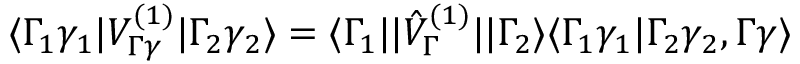
\langle \Gamma _ { 1 } \gamma _ { 1 } | V _ { \Gamma \gamma } ^ { ( 1 ) } | \Gamma _ { 2 } \gamma _ { 2 } \rangle = \langle \Gamma _ { 1 } | | \hat { V } _ { \Gamma } ^ { ( 1 ) } | | \Gamma _ { 2 } \rangle \langle \Gamma _ { 1 } \gamma _ { 1 } | \Gamma _ { 2 } \gamma _ { 2 } , \Gamma \gamma \rangle